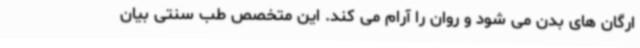
ارگان های بدن می شود و روان را آرام می کند. این متخصص طب سنتی بیان